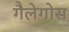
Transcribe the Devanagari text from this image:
गैलेगोस